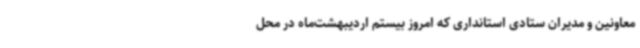
معاونین و مدیران ستادی استانداری که امروز بیستم اردیبهشت‌ماه در محل